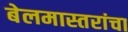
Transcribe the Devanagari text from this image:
बेलमास्तरांचा